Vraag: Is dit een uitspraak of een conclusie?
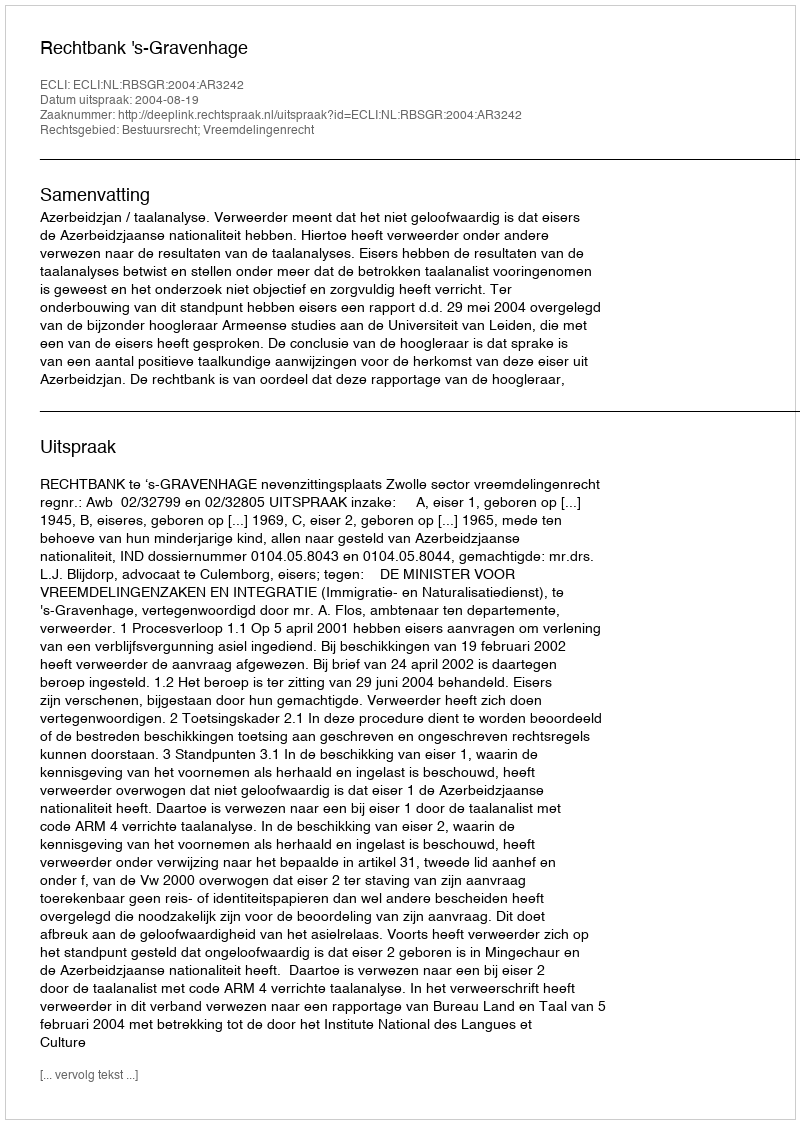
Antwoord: Uitspraak